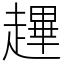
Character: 䟆